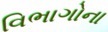
વિભાગોના